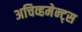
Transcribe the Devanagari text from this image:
अचिव्हमेन्ट्स